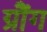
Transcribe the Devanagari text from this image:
ग्रौंग